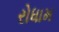
રોધામ